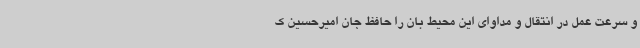
و سرعت عمل در انتقال و مداوای این محیط بان را حافظ جان امیرحسین ک